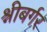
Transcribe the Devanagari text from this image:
श्नीबर्गर